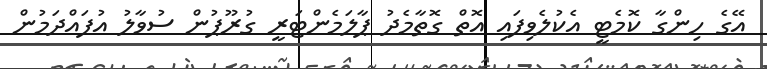
އޭގެ ހިންގާ ކޮމެޓީ އެކުލެވިފައި އޮތް ގޮތާމެދު ޕާލަމެންޓަރީ ގުރޫޕުން ސުވާލު އުފައްދަމުން